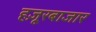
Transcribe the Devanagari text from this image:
हज़ूरबाजार